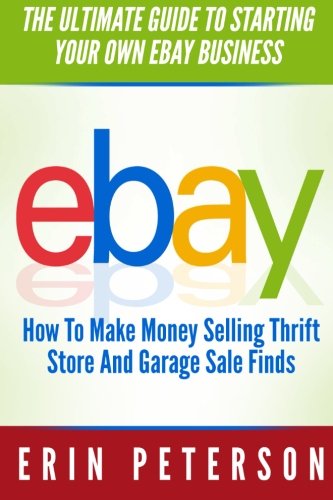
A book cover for Ebay: The Ultimate Guide To Starting Your Own Ebay Business ? How To Make Money Selling Thrift Store And Garage Sale Finds (Ebay Business, Home Based Business, How To Make Money On Ebay); Erin Peterson; Computers & Technology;